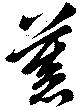
慕